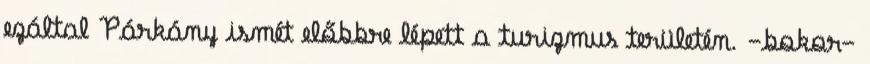
ezáltal Párkány ismét előbbre lépett a turizmus területén. -bokor-